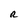
Character: R